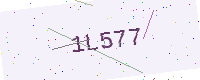
Text: 1L577